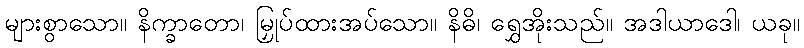
များစွာသော။ နိက္ခာတော၊ မြှုပ်ထားအပ်သော။ နိဓိ၊ ရွှေအိုးသည်။ အဒါယာဒေါ၊ ယခု။